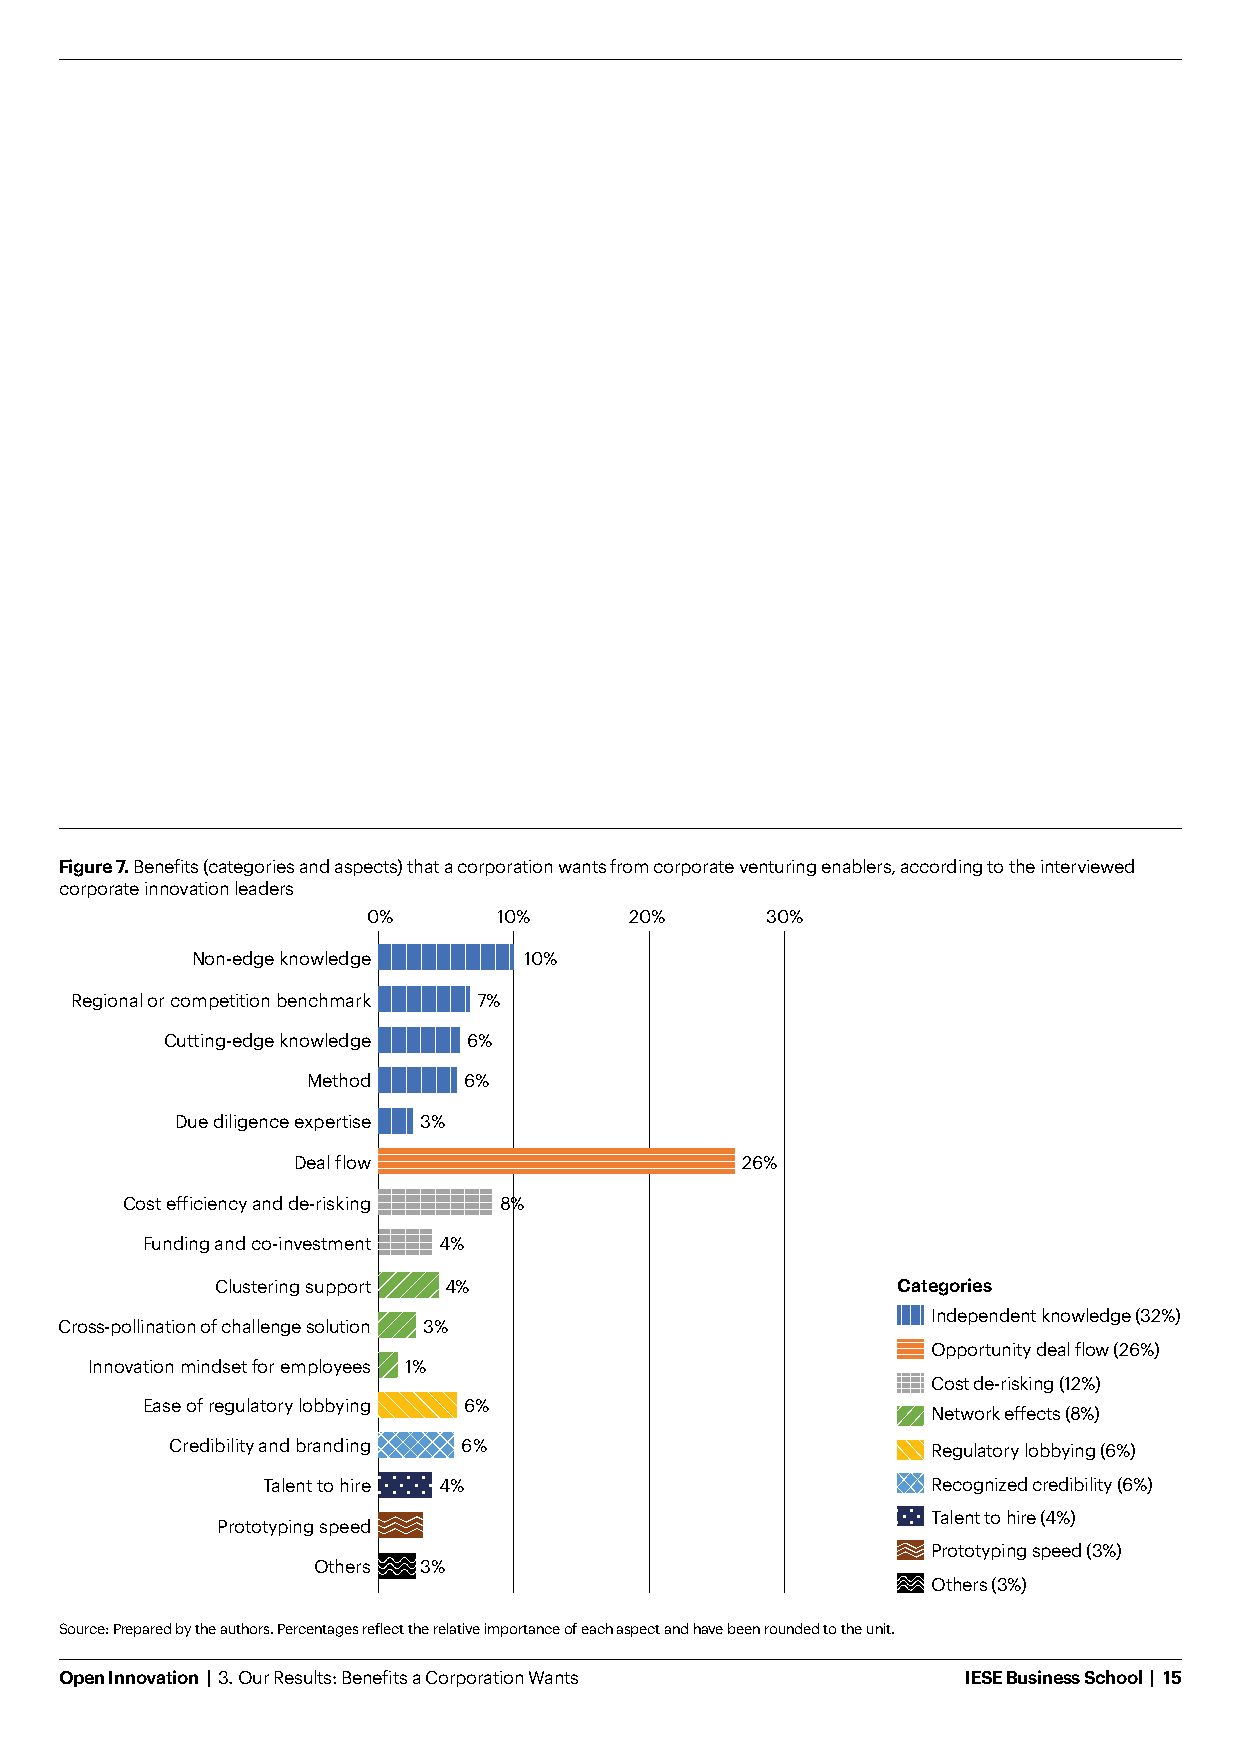
Figure 7. Benefits (categories and aspects) that a corporation wants from corporate venturing enablers, according to the interviewed
 corporate innovation leaders
 0%       10%      20%      30%
 Non-edge knowledge    10%
 Regional or competition benchmark 7%
 Cutting-edge knowledge 6%
 Method     6%
 Due diligence expertise 3%
 Deal flow                     26%
 Cost efficiency and de-risking 8%
 Funding and co-investment 4%
 Clustering support 4%                        Categories
 Independent knowledge (32%)
 Cross-pollination of challenge solution 3%
 Opportunity deal flow (26%)
 Innovation mindset for employees 1%
 Cost de-risking (12%)
 Ease of regulatory lobbying 6%
 Network effects (8%)
 Credibility and branding 6%                        Regulatory lobbying (6%)
 Talent to hire 4%                            Recognized credibility (6%)
 Talent to hire (4%)
 Prototyping speed
 Prototyping speed (3%)
 Others 3%
 Others (3%)
 Source: Prepared by the authors. Percentages reflect the relative importance of each aspect and have been rounded to the unit.
 Open Innovation | 3. Our Results: Benefits a Corporation Wants IESE Business School | 15